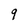
Character: 9